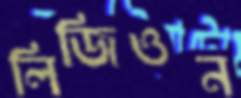
লিজিওন